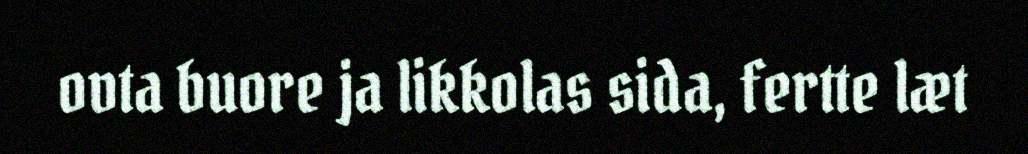
ovta buore ja likkolas sida, fertte læt